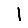
Digit: 1